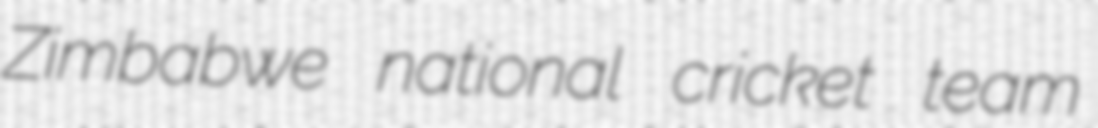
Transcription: Zimbabwe national cricket team